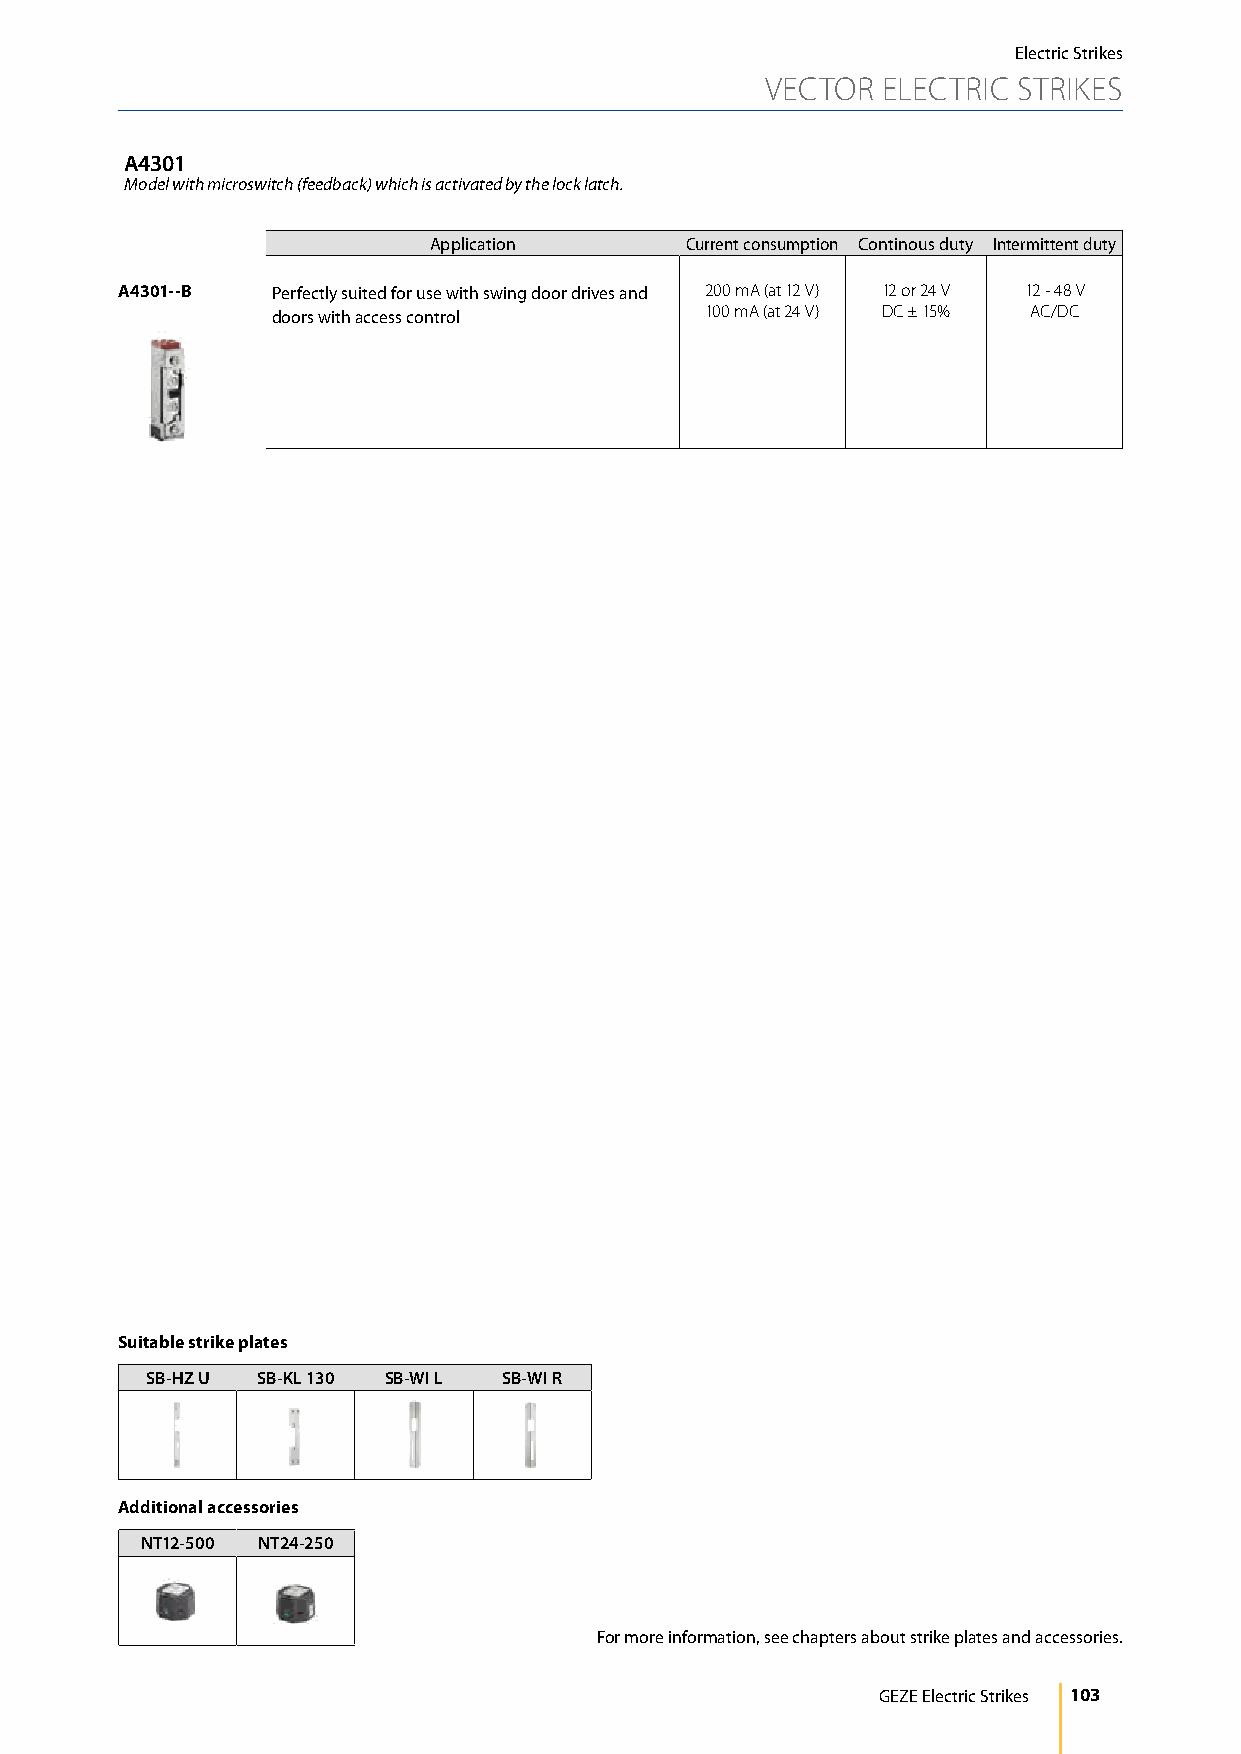
Electric Strikes
 VECTOR ELECTRIC STRIKES
 A4301
 Model with microswitch (feedback) which is activated by the lock latch.
 Application      Current consumption Continous duty Intermittent duty
 A4301--B  Perfectly suited for use with swing door drives and 200 mA (at 12 V) 12 or 24 V 12 - 48 V
 doors with access control    100 mA (at 24 V) DC ± 15% AC/DC
 Suitable strike plates
 SB-HZ U SB-KL 130 SB-WI L SB-WI R
 Additional accessories
 NT12-500 NT24-250
 For more information, see chapters about strike plates and accessories.
 GEZE Electric Strikes 103